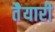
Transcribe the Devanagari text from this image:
तैेयारी